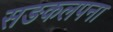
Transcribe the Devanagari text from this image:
सङकलपना